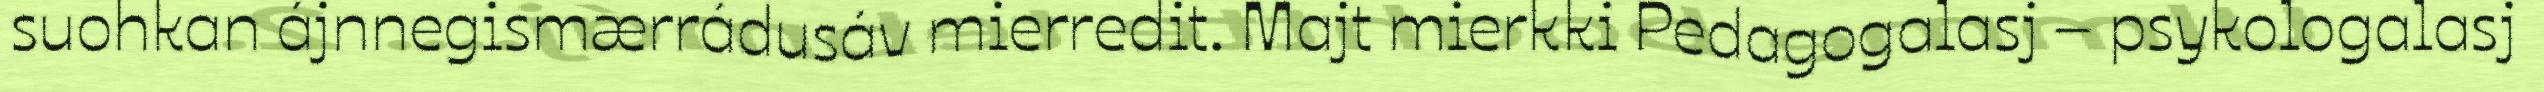
suohkan ájnnegismærrádusáv mierredit. Majt mierkki Pedagogalasj – psykologalasj